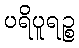
ပရိပူရဉ္စ